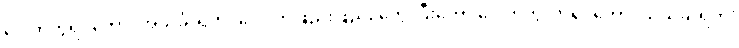
ပေါက်ကွဲရင်တော့ ‘အသင်္ခါရိက’ ပေါ့၊ တဖြည်းဖြည်း တွေးပြီးတော့ ပေါက်ကွဲလာရင်တော့ ‘သသင်္ခါရိက’